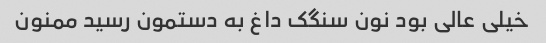
خیلی عالی بود نون سنگک داغ به دستمون رسید ممنون